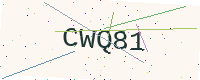
Text: CWQ81